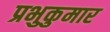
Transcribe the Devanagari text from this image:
प्रभुकुमार